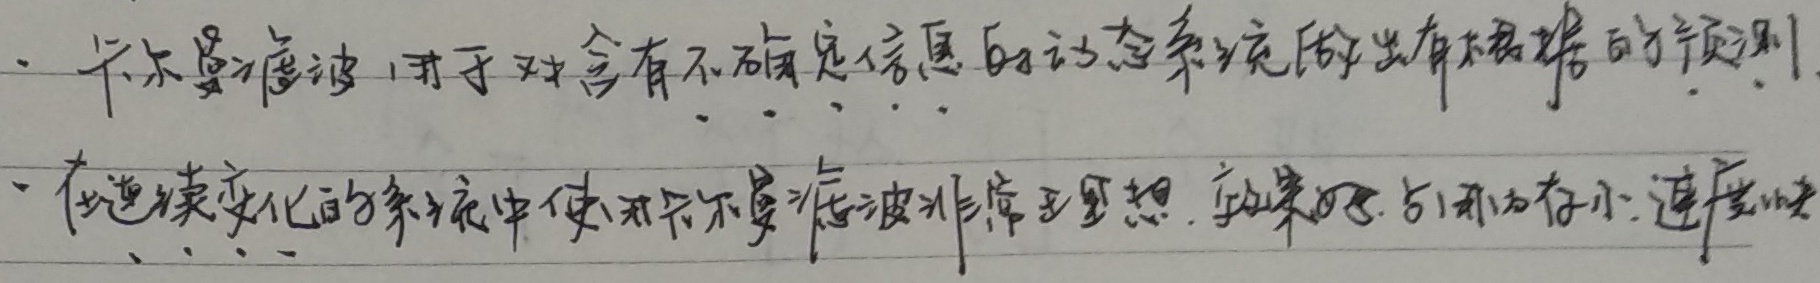
#NAME?